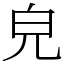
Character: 皃